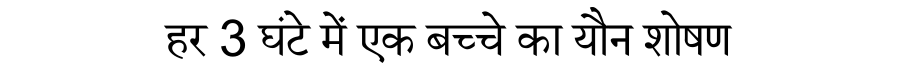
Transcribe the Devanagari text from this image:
हर 3 घंटे में एक बच्चे का यौन शोषण